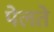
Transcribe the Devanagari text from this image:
पेलते